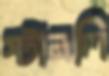
স্টানলি